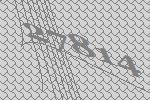
27814